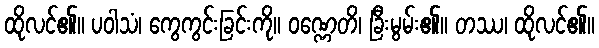
ထိုလင်၏။ ပဝါသံ၊ ကွေကွင်းခြင်းကို။ ဝဏ္ဏေတိ၊ ခြီးမွမ်း၏။ တဿ၊ ထိုလင်၏။